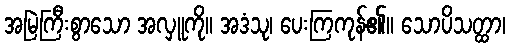
အမြဲကြီးစွာသော အလှူကို။ အဒံသု၊ ပေးကြကုန်၏။ သောပိသတ္ထာ၊